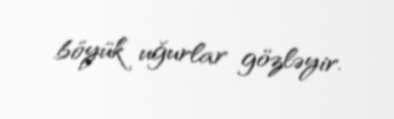
böyük uğurlar gözləyir.